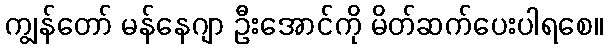
ကျွန်တော် မန်နေဂျာ ဦးအောင်ကို မိတ်ဆက်ပေးပါရစေ။